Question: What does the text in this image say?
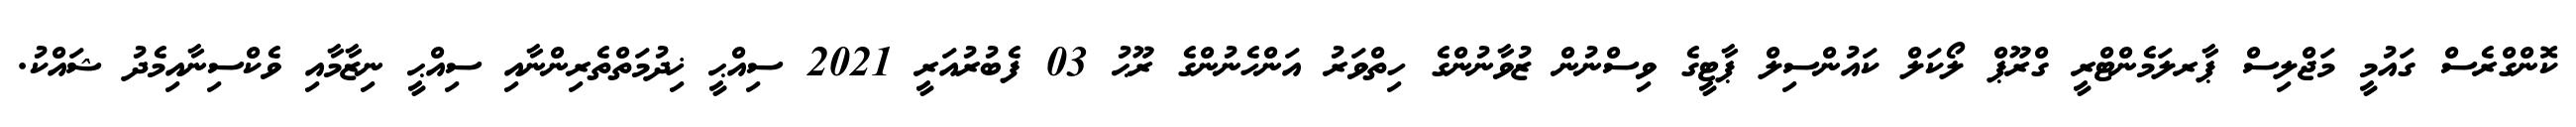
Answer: ކޮންގްރެސް ގައުމީ މަޖްލިސް ޕާރލަމެންޓްރީ ގްރޫޕް ލޯކަލް ކައުންސިލް ޕާޓީގެ ވިސްނުން ޒުވާނުންގެ ހިތްވަރު އަންހެނުންގެ ރޫޙު 03 ފެބުރުއަރީ 2021 ސިއްޙީ ޚިދުމަތްތެރިންނާއި ސިއްޙީ ނިޒާމާއި ވެކްސިނާއިމެދު ޝައްކު.